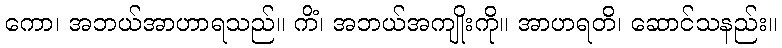
ကော၊ အဘယ်အာဟာရသည်။ ကိံ၊ အဘယ်အကျိုးကို။ အာဟရတိ၊ ဆောင်သနည်း။